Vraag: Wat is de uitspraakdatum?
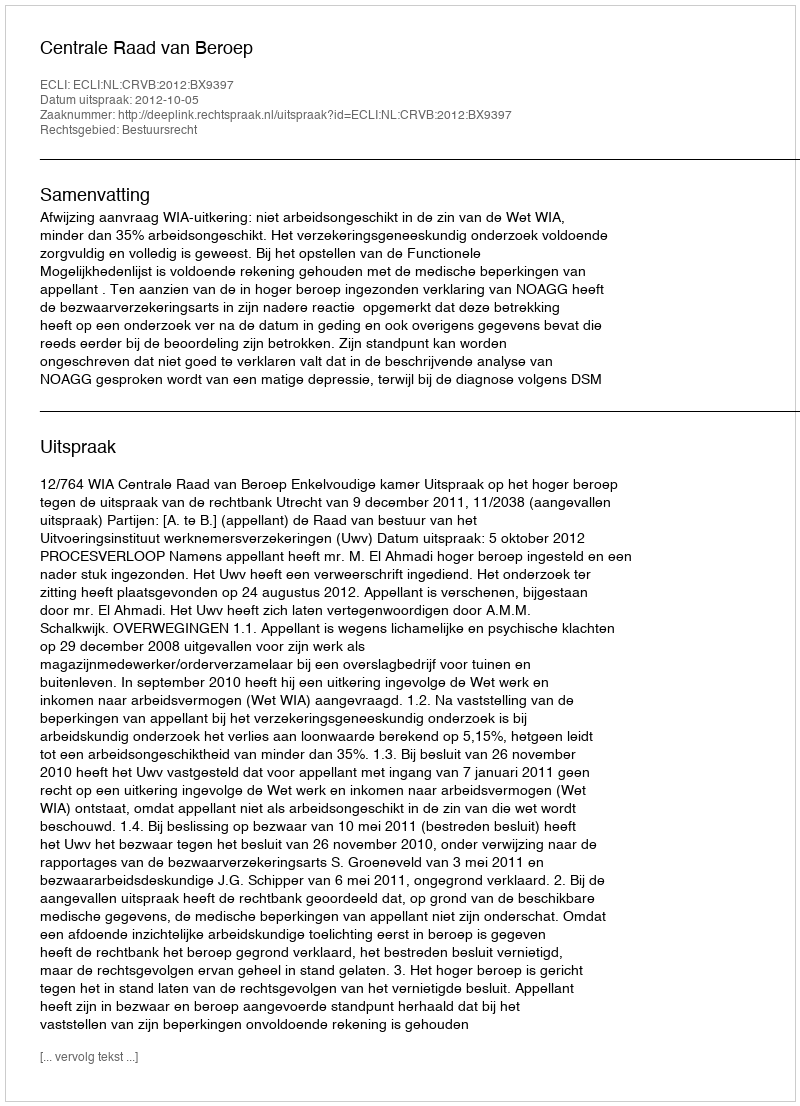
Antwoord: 2012-10-05